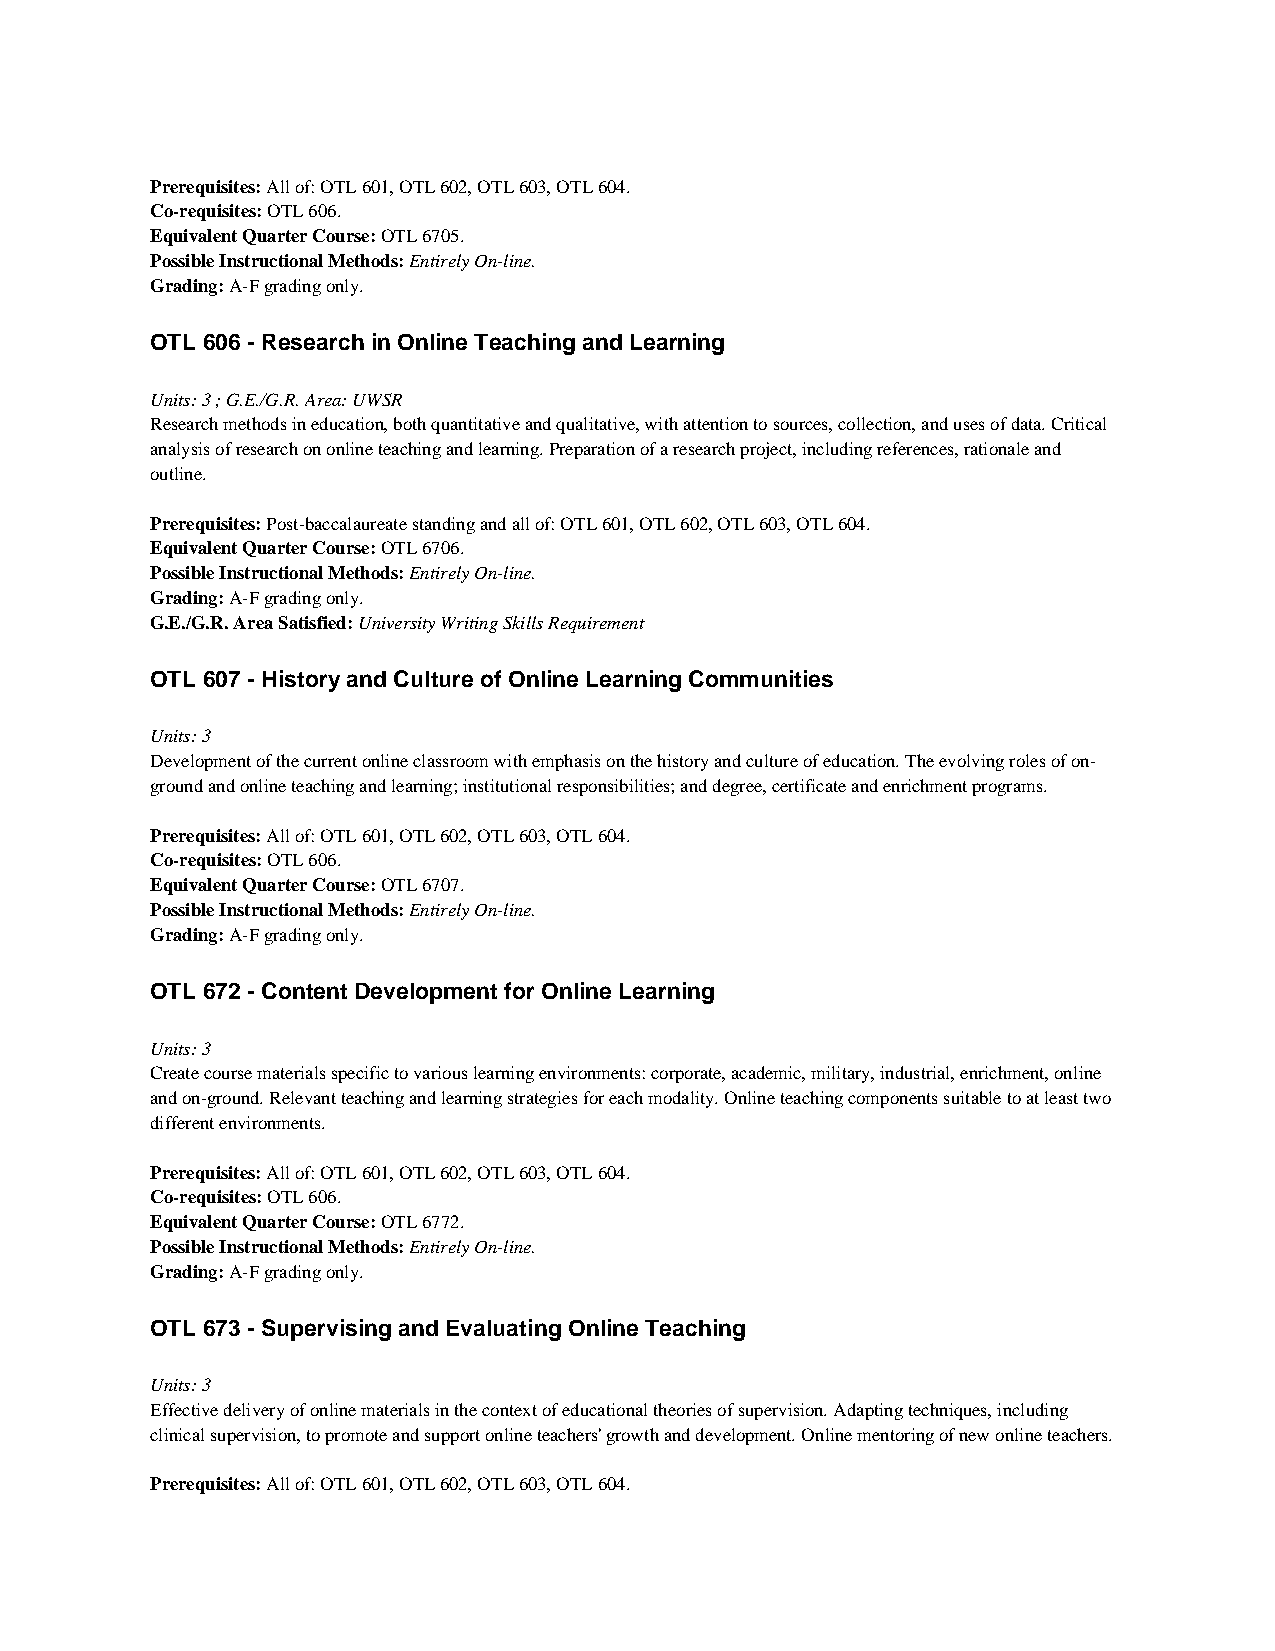
Prerequisites: All of: OTL 601, OTL 602, OTL 603, OTL 604.
 Co-requisites: OTL 606.
 Equivalent Quarter Course: OTL 6705.
 Possible Instructional Methods: Entirely On-line.
 Grading: A-F grading only.
 OTL 606 - Research in Online Teaching and Learning
 Units: 3 ; G.E./G.R. Area: UWSR
 Research methods in education, both quantitative and qualitative, with attention to sources, collection, and uses of data. Critical
 analysis of research on online teaching and learning. Preparation of a research project, including references, rationale and
 outline.
 Prerequisites: Post-baccalaureate standing and all of: OTL 601, OTL 602, OTL 603, OTL 604.
 Equivalent Quarter Course: OTL 6706.
 Possible Instructional Methods: Entirely On-line.
 Grading: A-F grading only.
 G.E./G.R. Area Satisfied: University Writing Skills Requirement
 OTL 607 - History and Culture of Online Learning Communities
 Units: 3
 Development of the current online classroom with emphasis on the history and culture of education. The evolving roles of on-
 ground and online teaching and learning; institutional responsibilities; and degree, certificate and enrichment programs.
 Prerequisites: All of: OTL 601, OTL 602, OTL 603, OTL 604.
 Co-requisites: OTL 606.
 Equivalent Quarter Course: OTL 6707.
 Possible Instructional Methods: Entirely On-line.
 Grading: A-F grading only.
 OTL 672 - Content Development for Online Learning
 Units: 3
 Create course materials specific to various learning environments: corporate, academic, military, industrial, enrichment, online
 and on-ground. Relevant teaching and learning strategies for each modality. Online teaching components suitable to at least two
 different environments.
 Prerequisites: All of: OTL 601, OTL 602, OTL 603, OTL 604.
 Co-requisites: OTL 606.
 Equivalent Quarter Course: OTL 6772.
 Possible Instructional Methods: Entirely On-line.
 Grading: A-F grading only.
 OTL 673 - Supervising and Evaluating Online Teaching
 Units: 3
 Effective delivery of online materials in the context of educational theories of supervision. Adapting techniques, including
 clinical supervision, to promote and support online teachers' growth and development. Online mentoring of new online teachers.
 Prerequisites: All of: OTL 601, OTL 602, OTL 603, OTL 604.